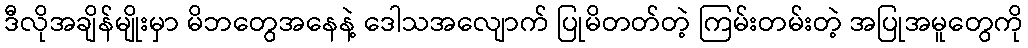
ဒီလိုအချိန်မျိုးမှာ မိဘတွေအနေနဲ့ ဒေါသအလျောက် ပြုမိတတ်တဲ့ ကြမ်းတမ်းတဲ့ အပြုအမူတွေကို